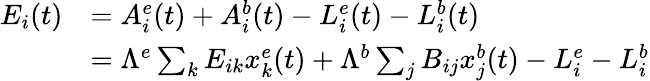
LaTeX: \begin{array}{rl}{E_{i}(t)}&{=A_{i}^{e}(t)+A_{i}^{b}(t)-L_{i}^{e}(t)-L_{i}^{b}(t)}\\ &{={\Lambda}^{e}\sum_{k}E_{ik}x_{k}^{e}(t)+{\Lambda}^{b}\sum_{j}B_{ij}x_{j}^{b}(t)-L_{i}^{e}-L_{i}^{b}}\end{array}